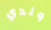
ولدي